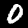
Digit: 0